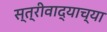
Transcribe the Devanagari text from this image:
स्त्रीवाद्याच्या